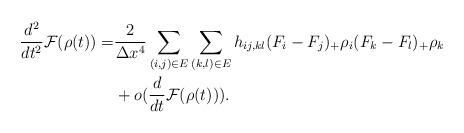
LaTeX: \begin{align*}\frac{d^2}{dt^2}\mathcal{F}(\rho(t))=&\frac{2}{\Delta x^4}\sum_{(i,j)\in E}\sum_{(k,l)\in E}h_{ij, kl}(F_i-F_j)_+\rho_i(F_k-F_l)_+\rho_k\\&+o(\frac{d}{dt}\mathcal{F}(\rho(t))).\end{align*}